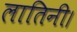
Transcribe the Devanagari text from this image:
लातिनी।